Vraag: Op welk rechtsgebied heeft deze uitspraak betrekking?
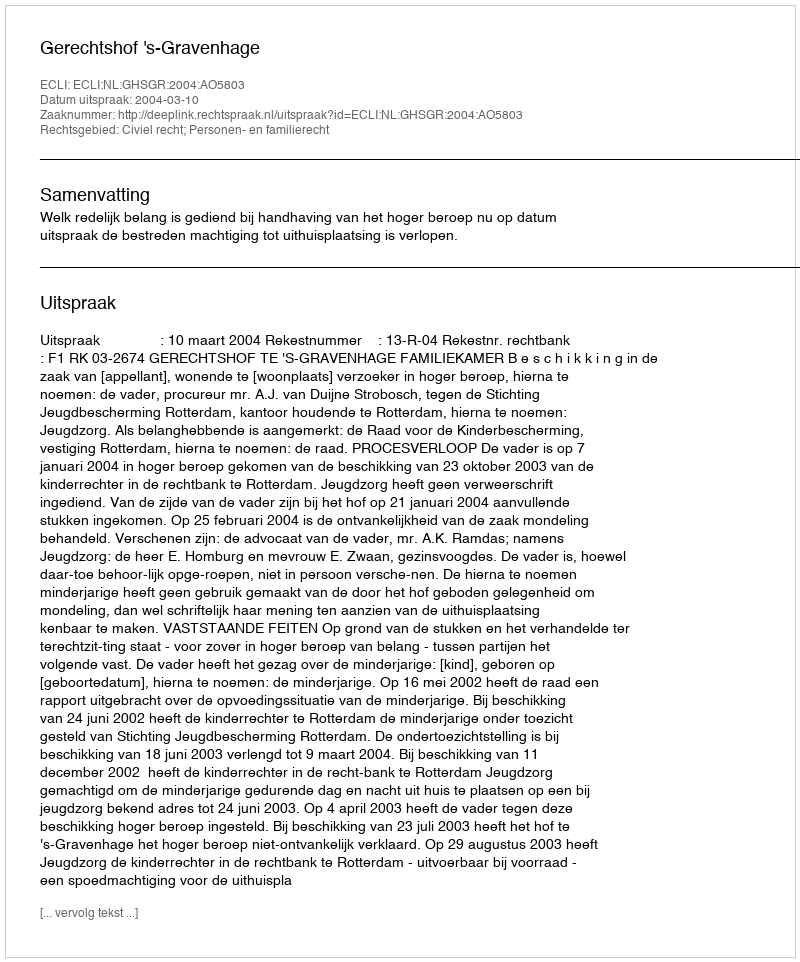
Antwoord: Civiel recht; Personen- en familierecht